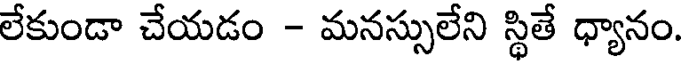
లేకుండా చేయడం - మనస్సులేని స్థితే ధ్యానం.